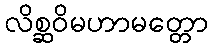
လိစ္ဆဝိမဟာမတ္တော